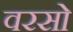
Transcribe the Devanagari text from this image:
वरसो